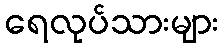
ရေလုပ်သားများ